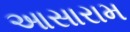
આસારામ